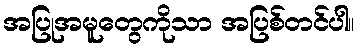
အပြုအမူတွေကိုသာ အပြစ်တင်ပါ။